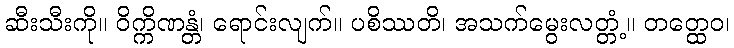
ဆီးသီးကို။ ဝိက္ကိဏန္တံ၊ ရောင်းလျက်။ ပစိဿတိ၊ အသက်မွေးလတ္တံ့။ တတ္ထေဝ၊